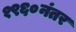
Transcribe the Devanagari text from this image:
१९६०नंतर